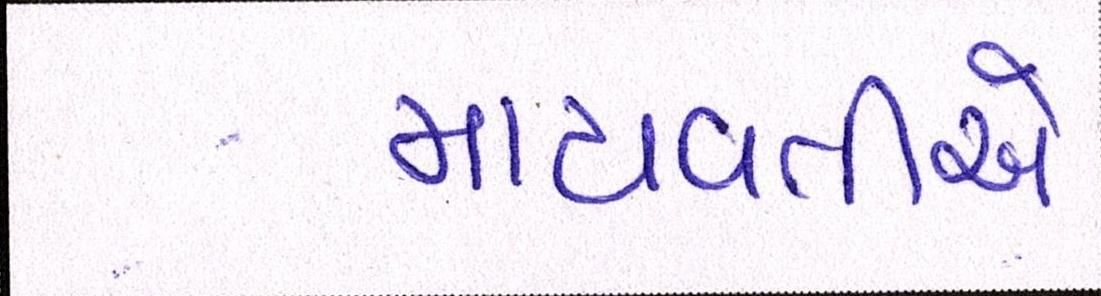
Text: માયાવતીએ